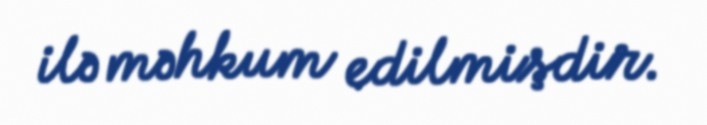
ilə məhkum edilmişdir.